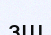
зш